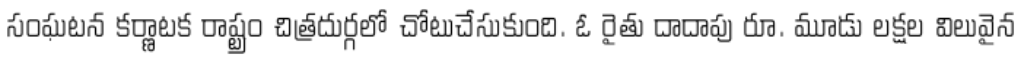
సంఘటన కర్ణాటక రాష్ట్రం చిత్రదుర్గలో చోటుచేసుకుంది. ఓ రైతు దాదాపు రూ. మూడు లక్షల విలువైన